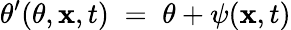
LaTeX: \theta^{\prime}(\theta,{\mathbf x},t)\; =\; \theta+\psi({\mathbf x},t)